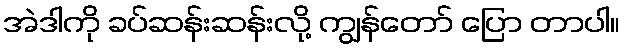
အဲဒါကို ခပ်ဆန်းဆန်းလို့ ကျွန်တော် ပြော တာပါ။